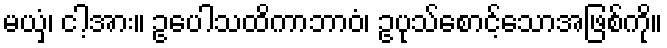
မယှံ၊ ငါ့အား။ ဥပေါသထိကာဘာဝံ၊ ဥပုသ်စောင့်သောအဖြစ်ကို။